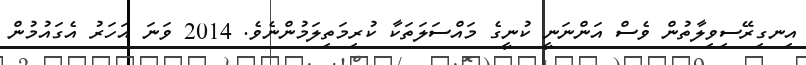
އިނގިރޭސިވިލާތުން ވެސް އަންނަނީ ކުނީގެ މައްސަލަތަކާ ކުރިމަތިލަމުންނެވެ. 2014 ވަނަ އަހަރު އެގައުމުން